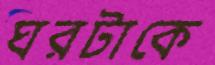
ঘরটাকে